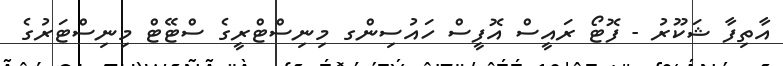
އާތިފާ ޝަކޫރު - ފޮޓޯ ރައީސް އޮފީސް ހައުސިންގ މިނިސްޓްރީގެ ސްޓޭޓް މިނިސްޓަރުގެ